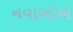
નવાબોએ